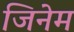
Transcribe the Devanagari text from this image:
जिनेम